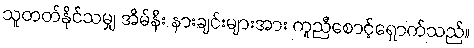
သူတတ်နိုင်သမျှ အိမ်နီး နားချင်းများအား ကူညီစောင့်ရှောက်သည်။